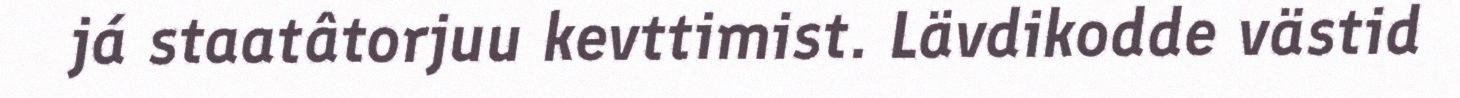
já staatâtorjuu kevttimist. Lävdikodde västid